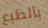
بالطبع